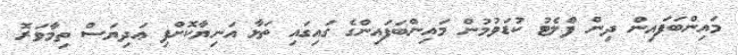
މައިންބަފައިން ދިން ފްލެޓު ކުޑަވުމުން މައިންބަފައިންގެ ގައިގައި ތަޅާ އަނިޔާކޮށްފި ޢަދިޔަސް ތިމާވަރޮ